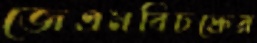
জেএমবিচক্রের